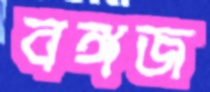
বঙ্গজ